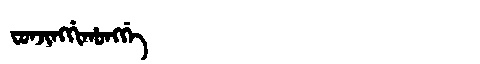
Manchu: ᠸᠣᠨᠵᡳᠩᡤᡳᡥᠣᠩᡤᡝ
Romanization: FONJINGGIHONGGE